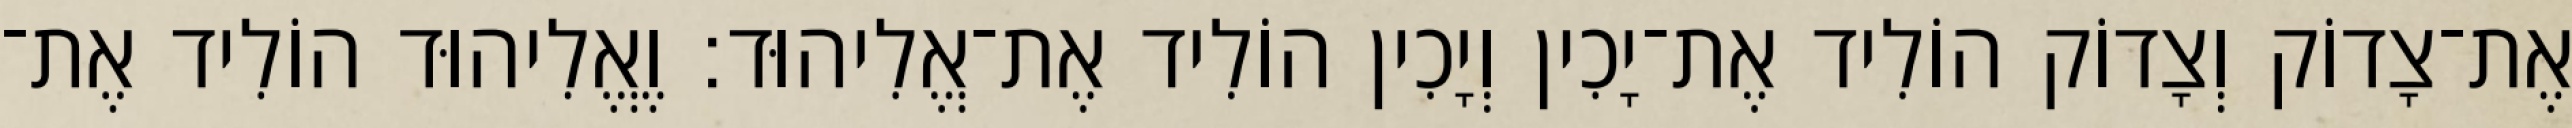
אֶת־צָדוֹק וְצָדוֹק הוֹלִיד אֶת־יָכִין וְיָכִין הוֹלִיד אֶת־אֱלִיהוּד׃ וֶאֱלִיהוּד הוֹלִיד אֶת־